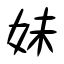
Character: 妹